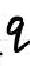
9.9